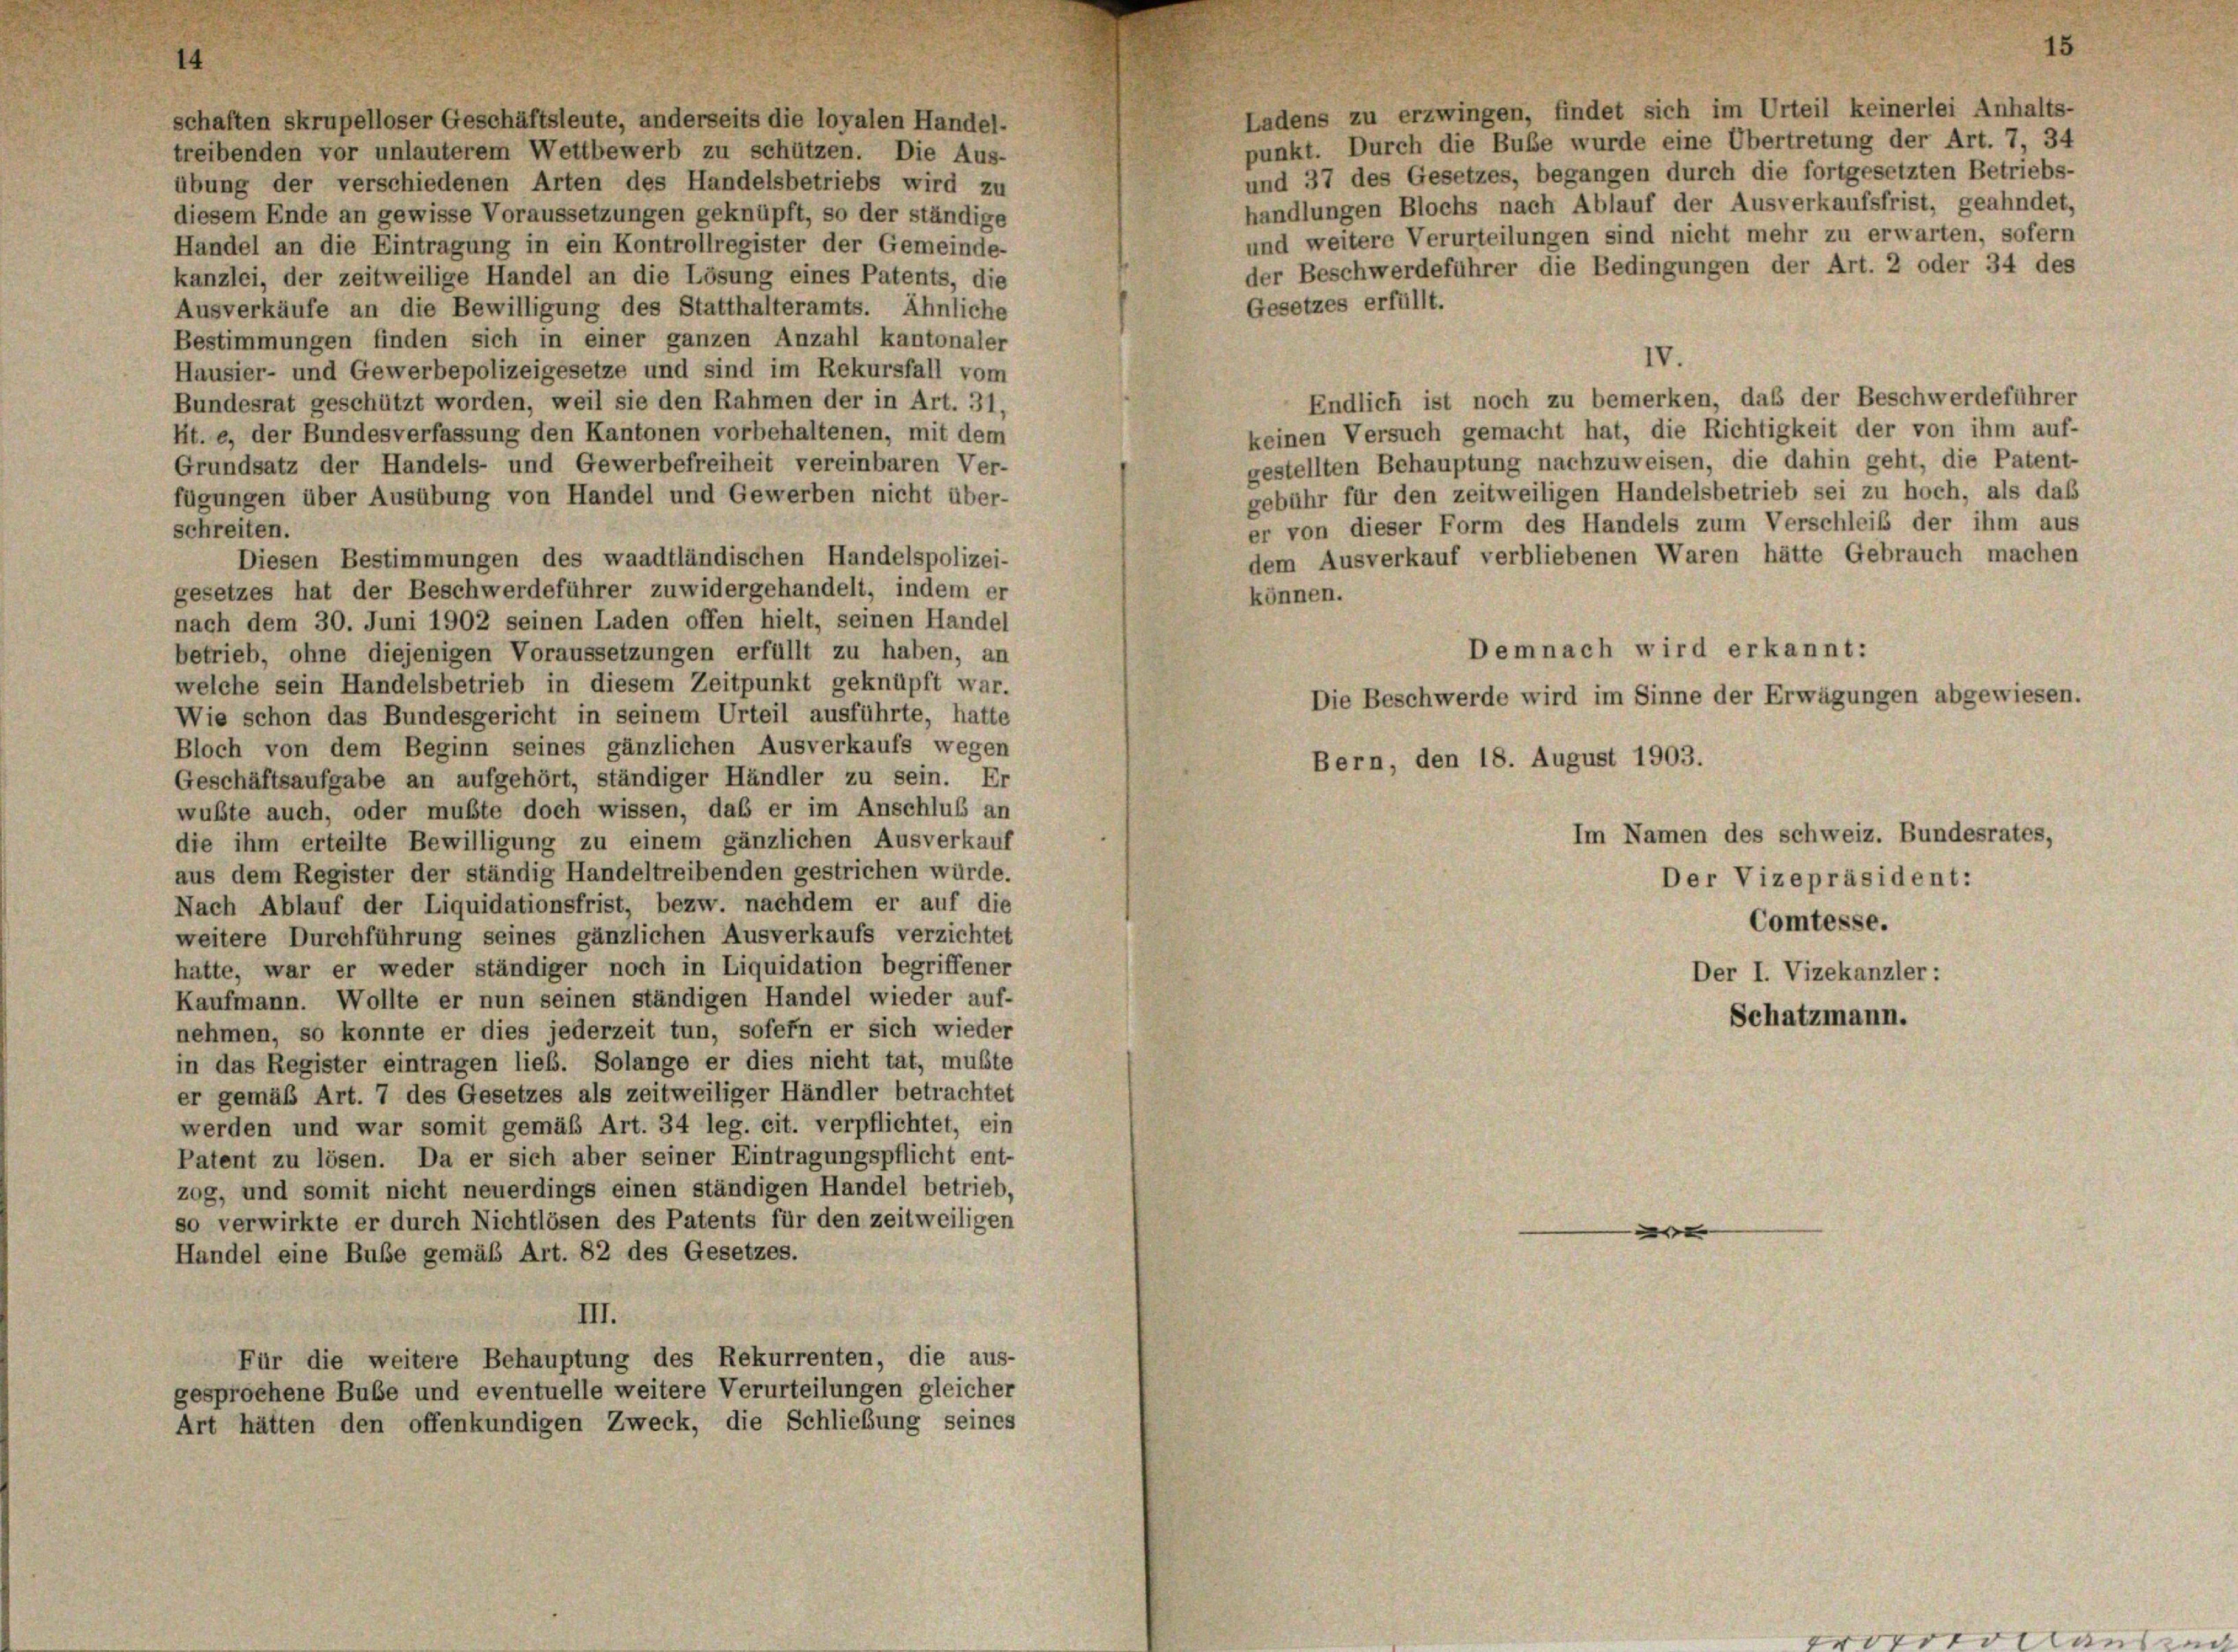
14

Ladens zu erzwingen, findet sich im Urteil keinerlei Anhalts-
schaften skrupelloser Geschäftsleute, anderseits die loyalen Handel-
punkt. Durch die Buße wurde eine Übertretung der Art. 7, 34
treibenden vor unlauterem Wettbewerb zu schützen. Die Aus-
und 37 des Gesetzes, begangen durch die fortgesetzten Betriebs-
übung der verschiedenen Arten des Handelsbetriebs wird zu
handlungen Blochs nach Ablauf der Ausverkaufsfrist, geahndet,
diesem Ende an gewisse Voraussetzungen geknüpft, so der ständige
und weitere Verurteilungen sind nicht mehr zu erwarten, sofern
Handel an die Eintragung in ein Kontrollregister der Gemeinde-
der Beschwerdeführer die Bedingungen der Art. 2 oder 34 des
kanzlei, der zeitweilige Handel an die Lösung eines Patents, die
Gesetzes erfüllt.
Ausverkäufe an die Bewilligung des Statthalteramts. Ähnliche
Bestimmungen finden sich in einer ganzen Anzahl kantonaler
IV.
Hausier- und Gewerbepolizeigesetze und sind im Rekursfall vom
Endlich ist noch zu bemerken, daß der Beschwerdeführer
Bundesrat geschützt worden, weil sie den Rahmen der in Art. 31,
keinen Versuch gemacht hat, die Richtigkeit der von ihm auf-
ft. e, der Bundesverfassung den Kantonen vorbehaltenen, mit dem
gestellten Behauptung nachzuweisen, die dahin geht, die Patent-
Grundsatz der Handels- und Gewerbefreiheit vereinbaren Ver-
gebühr für den zeitweiligen Handelsbetrieb sei zu hoch, als das
fügungen über Ausübung von Handel und Gewerben nicht über-
er von dieser Form des Handels zum Verschleiß der ihm aus
schreiten.
dem Ausverkauf verbliebenen Waren hätte Gebrauch machen
Diesen Bestimmungen des waadtländischen Handelspolizei-
gesetzes hat der Beschwerdeführer zuwidergehandelt, indem er
können.
nach dem 30. Juni 1902 seinen Laden offen hielt, seinen Handel
Demnach wird erkannt:
betrieb, ohne diejenigen Voraussetzungen erfüllt zu haben, an
welche sein Handelsbetrieb in diesem Zeitpunkt geknüpft war.
Die Beschwerde wird im Sinne der Erwägungen abgewiesen.
Wie schon das Bundesgericht in seinem Urteil ausführte, hatte
Bloch von dem Beginn seines gänzlichen Ausverkaufs wegen
Bern, den 18. August 1903.
Geschäftsaufgabe an aufgehört, ständiger Händler zu sein. Er
wußte auch, oder mußte doch wissen, daß er im Anschluß an
Im Namen des schweiz. Bundesrates,
die ihm erteilte Bewilligung zu einem gänzlichen Ausverkauf
aus dem Register der ständig Handeltreibenden gestrichen würde.
Der Vizepräsident:
Nach Ablauf der Liquidationsfrist, bezw. nachdem er auf die
Comtesse.
weitere Durchführung seines gänzlichen Ausverkaufs verzichtet
hatte, war er weder ständiger noch in Liquidation begriffener
Der I. Vizekanzler :
Kaufmann. Wollte er nun seinen ständigen Handel wieder auf-
Schatzmann.
nehmen, so konnte er dies jederzeit tun, sofern er sich wieder
in das Register eintragen lieb. Solange er dies nicht tat, mußte
er gemäß Art. 7 des Gesetzes als zeitweiliger Händler betrachtet
werden und war somit gemäß Art. 34 leg. cit. verpflichtet, ein
Patent zu lösen. Da er sich aber seiner Eintragungspflicht ent-
zog, und somit nicht neuerdings einen ständigen Handel betrieb,
so verwirkte er durch Nichtlösen des Patents für den zeitweiligen
e
Handel eine Buße gemäß Art. 82 des Gesetzes.
III.
Für die weitere Behauptung des Rekurrenten, die aus-
gesprochene Bube und eventuelle weitere Verurteilungen gleicher
Art hätten den offenkundigen Zweck, die Schließung seines

15